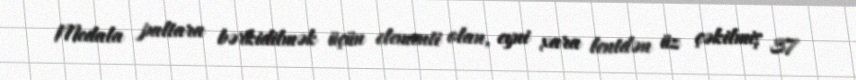
Medala paltara bərkidilmək üçün elementi olan, eyni xara lentdən üz çəkilmiş 37